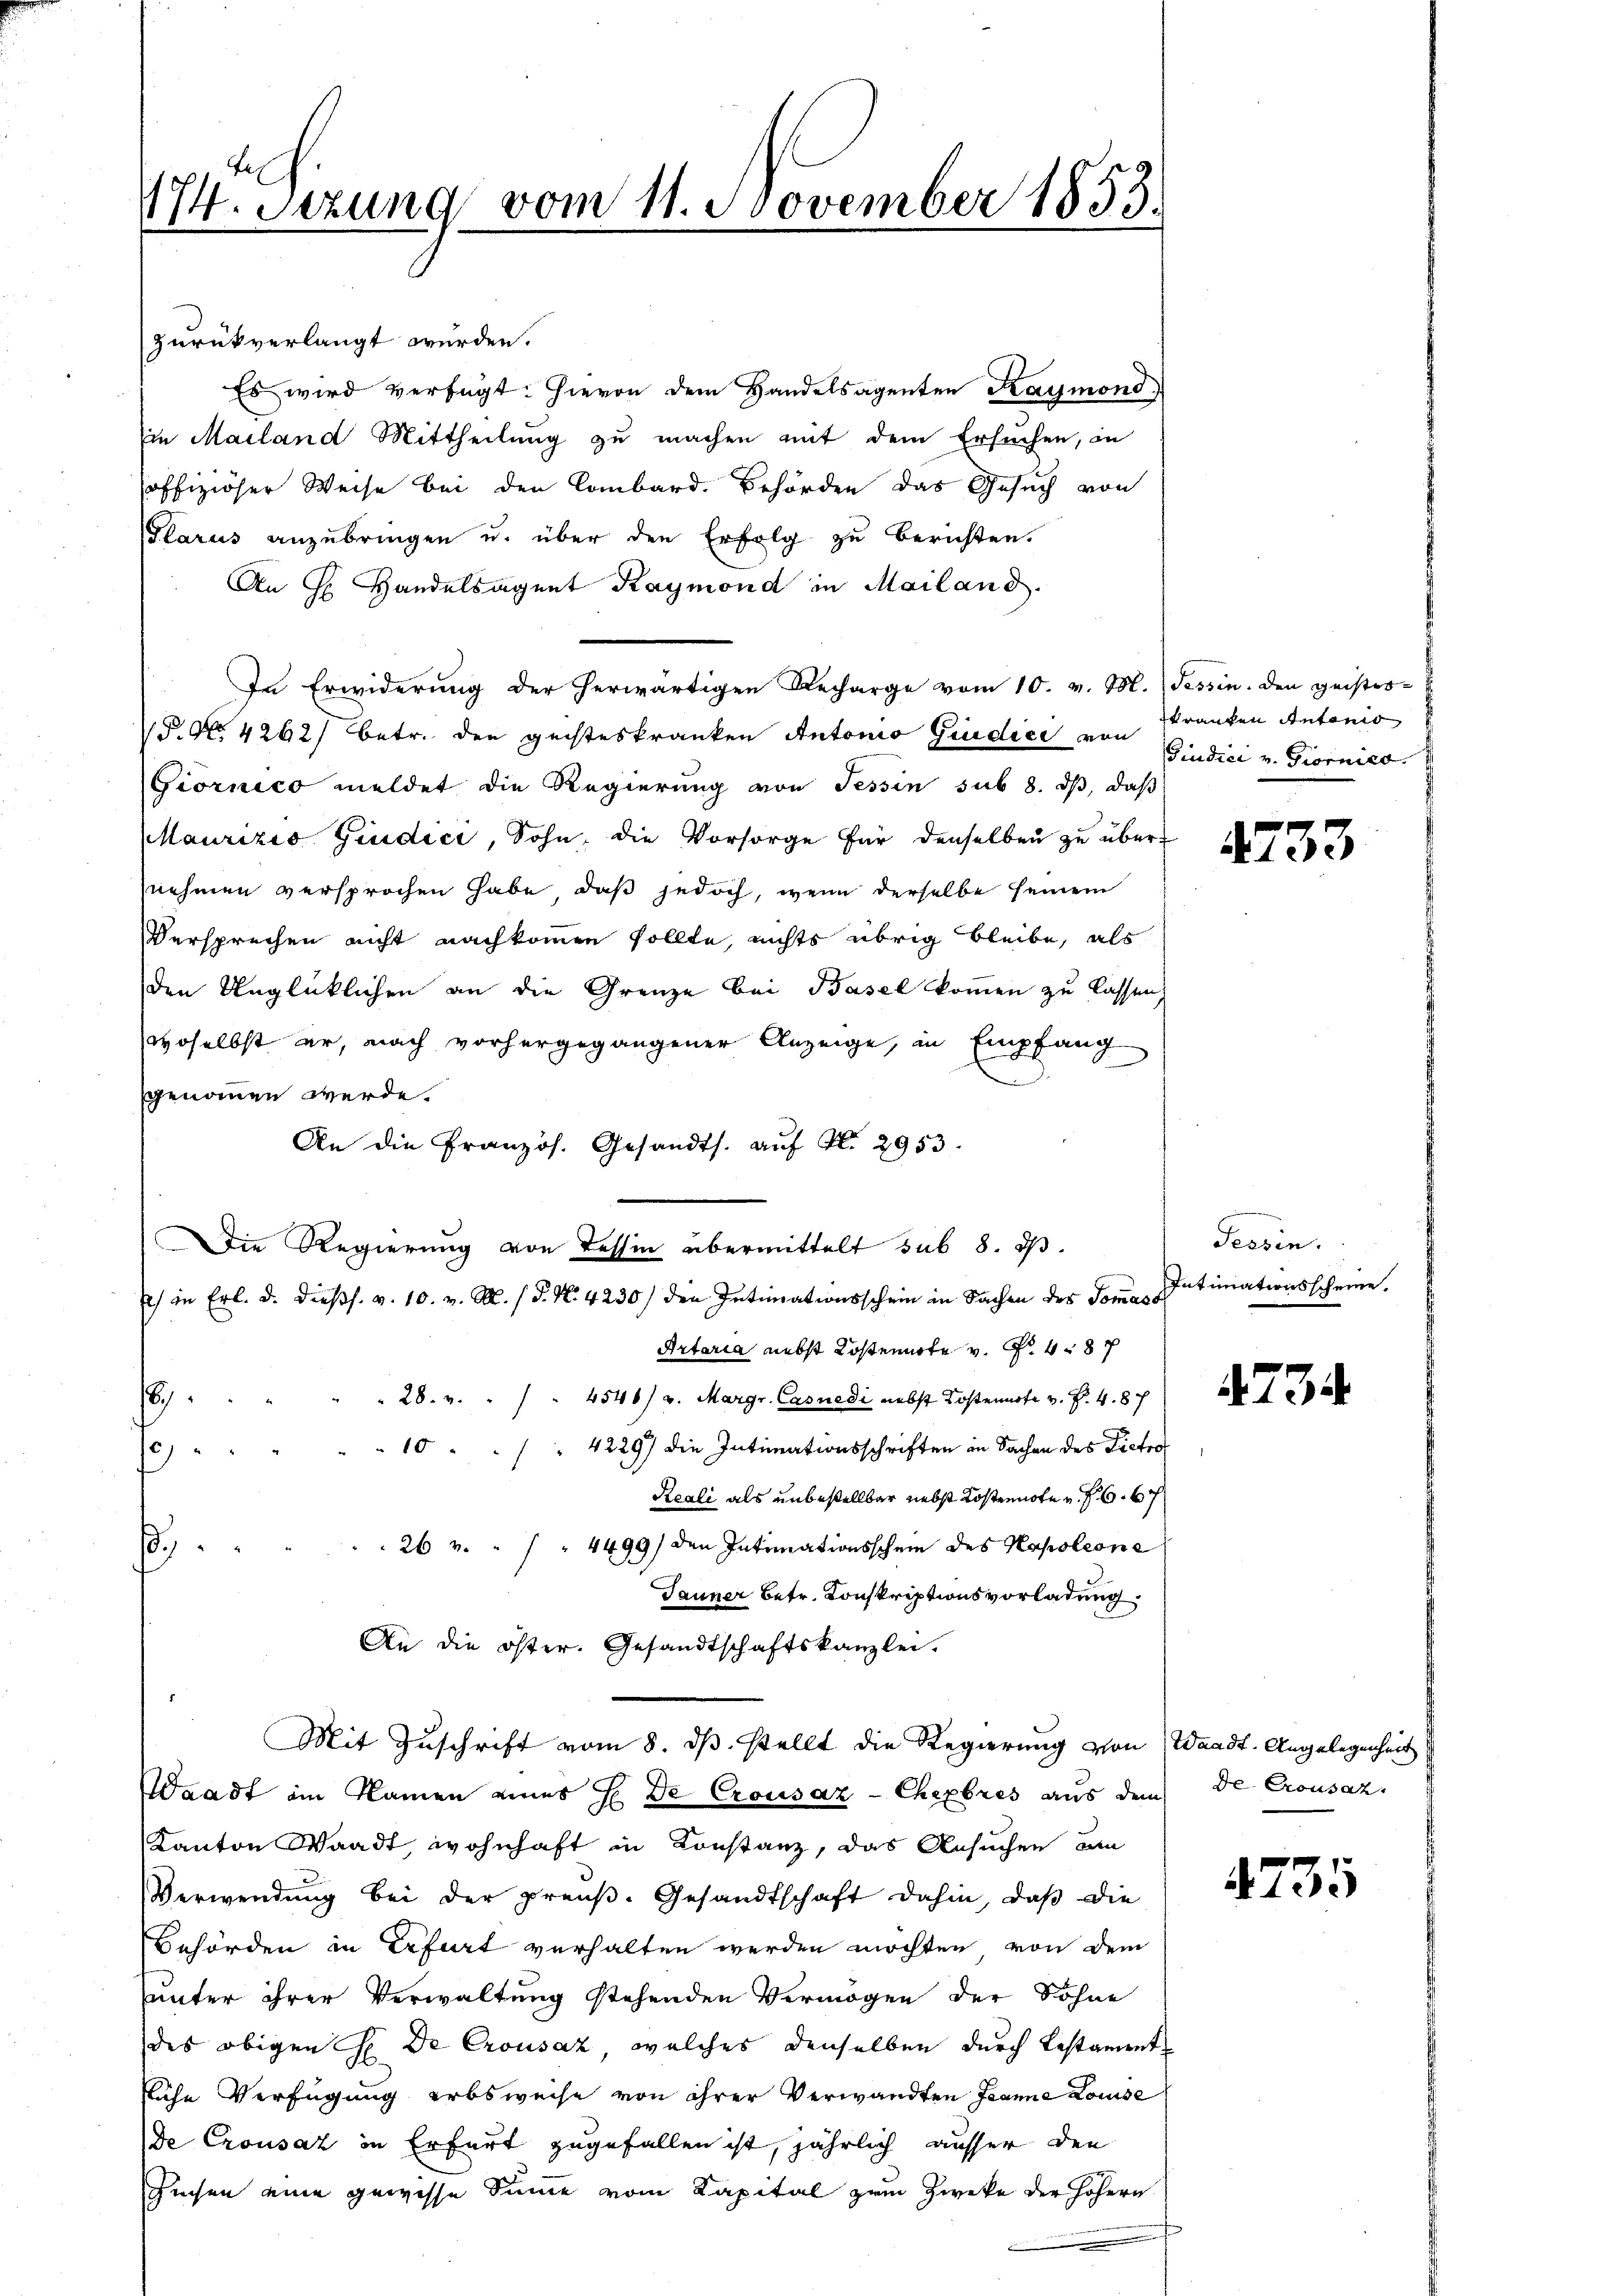
174. Sezung vom 11. November 1853.

zurückverlangt werden.
Es wird verfügt: Hievon dem Handelsagenten Kaymond
in Mailand Mittheilung zu machen mit dem Ersuchen, in
offiziöser Weise bei den Lombard. Behörden das Gesuch von
Glarus anzubringen u. über den Erfolg zu berichten.
An H. Handelsagent Raymond in Mailand.
In Erwiderung der herwärtigen Recharge vom 10. v. M. Tessin. den geister-
P. No. 4262) Betr. den geisteskranken Antonio Giudice von
Giornico meldet die Regierung von Tessin sub 8. dβ, daß
Maurizio Giudici, Sohn, die Vorsorge für denselben zu übernehmen versprochen habe, daß jedoch, wenn derselbe seinem
Versprechen nicht nachkommen sollte, nichts übrig bleibe, als
den Unglücklichen an die Grenze bei Basel kommen zu lassen.
woselbst er, nach vorhergegangener Anzeige, in Empfang
sgenommen werde.
An die Französ. Gesandts. auf Al. 2953.
Die Regierung von dessen übermittelt sub 8. d.
) in Erl. d. dießs. v. 10. v. M. (T. N. 4230/ den Intimationsschein in Sachen des Tomo Intimationsscheine.
Artaria nebst Kostennote v. Fr. 487
.
 28. v. " " 4546) v. Margr. Casnedi nebst Kostennote v. P. 4. 87
10 4229) die Intimationsschriften in Sachen des Pietro
0
Reali als unbestellbar nebst Kostennote v. 6. 67
26 v.  "    " 4499) den Intimationsschein des Napoleone
.
Jauner betr. Konskriptionsvorladung
An die öster. Gesandtschaftskanzlei.
Mit Zuschrift vom 8. ds. stellt die Regierung von
Waadt ain Namen eines se de Crousaz-Chexbres aus dem
Kanton Waadt, wohnhaft in Konstanz, das Ansuchen um
Verwendung bei der preuß. Gesandtschaft dahin, daß die
Behörden in Erfurt verhalten werden möchten von dem
hunter ihrer Verwaltung stehenden Vermögen der Sohne
des obigen H. De Crousaz, welches denselben durch bestamentfläche Verfügung erbsweise von ihrer Verwandten Jeanne Louise
de Crousaz in Erfurt zugefallen ist, jährlich ausser den
Sichen eine gewisse Summe vom Kapital zum Zwecke der höhern

trauten Antanis
iudici v. Giorniso

4733

Tessin.

1734

Waadt, Angelegenheit
de Crousaz,

4735